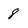
Character: 8